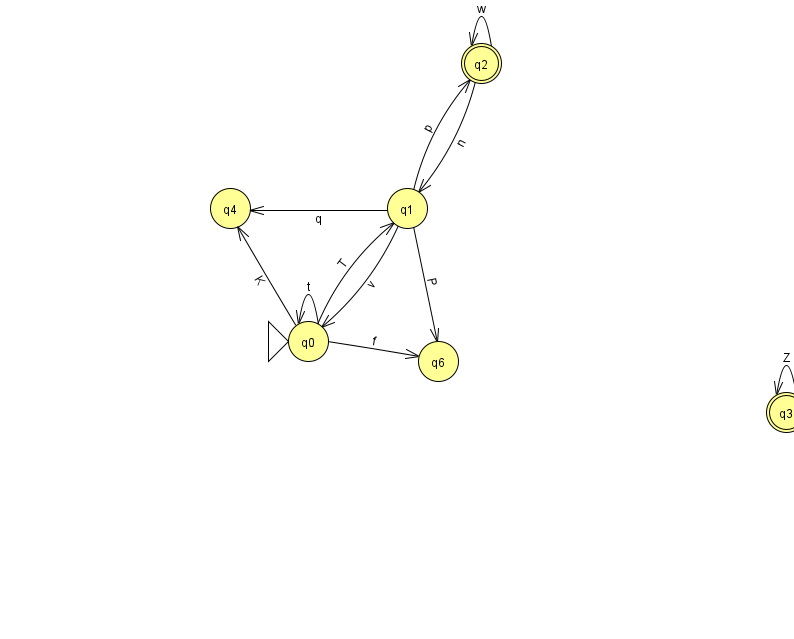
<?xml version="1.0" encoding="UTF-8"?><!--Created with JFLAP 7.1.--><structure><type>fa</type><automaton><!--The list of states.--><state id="0" name="q0"><x>308.0</x><y>328.0</y><initial/></state><state id="1" name="q1"><x>407.0</x><y>195.0</y></state><state id="2" name="q2"><x>481.0</x><y>50.0</y><final/></state><state id="3" name="q3"><x>786.0</x><y>399.0</y><final/></state><state id="4" name="q4"><x>230.0</x><y>195.0</y></state><state id="6" name="q6"><x>438.0</x><y>348.0</y></state><!--The list of transitions.--><transition><from>1</from><to>0</to><read>v</read></transition><transition><from>2</from><to>1</to><read>n</read></transition><transition><from>0</from><to>1</to><read>T</read></transition><transition><from>0</from><to>0</to><read>t</read></transition><transition><from>0</from><to>4</to><read>K</read></transition><transition><from>2</from><to>2</to><read>w</read></transition><transition><from>0</from><to>6</to><read>f</read></transition><transition><from>1</from><to>4</to><read>q</read></transition><transition><from>1</from><to>6</to><read>P</read></transition><transition><from>3</from><to>3</to><read>Z</read></transition><transition><from>1</from><to>2</to><read>p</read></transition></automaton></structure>